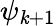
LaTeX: \psi_{\mathit{k}+1}